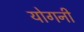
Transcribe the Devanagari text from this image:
योगनी